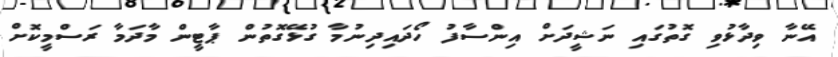
އޭނާ ވިދާޅުވި ގޮތުގައި ނަޝީދަށް އިންސާފު ހޯދައިދިނުމާ ގުޅޭގޮތުން ޕާޓީން މާދަމާ ރަސްމީކޮށް